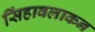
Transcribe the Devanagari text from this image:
सिंहावलाकन